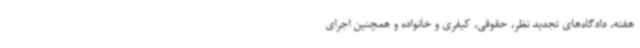
هفته، دادگاه‌های تجدید نظر، حقوقی، کیفری و خانواده و همچنین اجرای